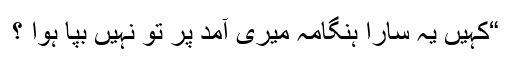
“کہیں یہ سارا ہنگامہ میری آمد پر تو نہیں بپا ہوا ؟